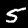
Label: 5